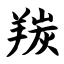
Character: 羰